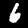
Label: 6